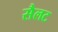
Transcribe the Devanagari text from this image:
सैलट